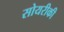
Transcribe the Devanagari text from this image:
सोयरीकी